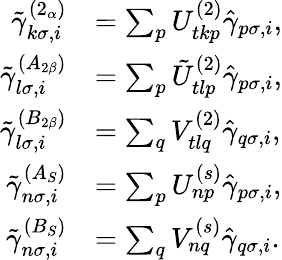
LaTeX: \begin{array}{rl}{\tilde{\gamma}_{k\sigma,i}^{(2_{\alpha})}}&{=\sum_{p}U_{tkp}^{(2)}\hat{\gamma}_{p\sigma,i},}\\ {\tilde{\gamma}_{l\sigma,i}^{(A_{2\beta})}}&{=\sum_{p}\tilde{U}_{tlp}^{(2)}\hat{\gamma}_{p\sigma,i},}\\ {\tilde{\gamma}_{l\sigma,i}^{(B_{2\beta})}}&{=\sum_{q}V_{tlq}^{(2)}\hat{\gamma}_{q\sigma,i},}\\ {\tilde{\gamma}_{n\sigma,i}^{(A_{S})}}&{=\sum_{p}U_{np}^{(s)}\hat{\gamma}_{p\sigma,i},}\\ {\tilde{\gamma}_{n\sigma,i}^{(B_{S})}}&{=\sum_{q}V_{nq}^{(s)}\hat{\gamma}_{q\sigma,i}.}\end{array}